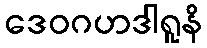
ဒေဝဂဟဒါရူနိ